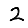
Digit: 2